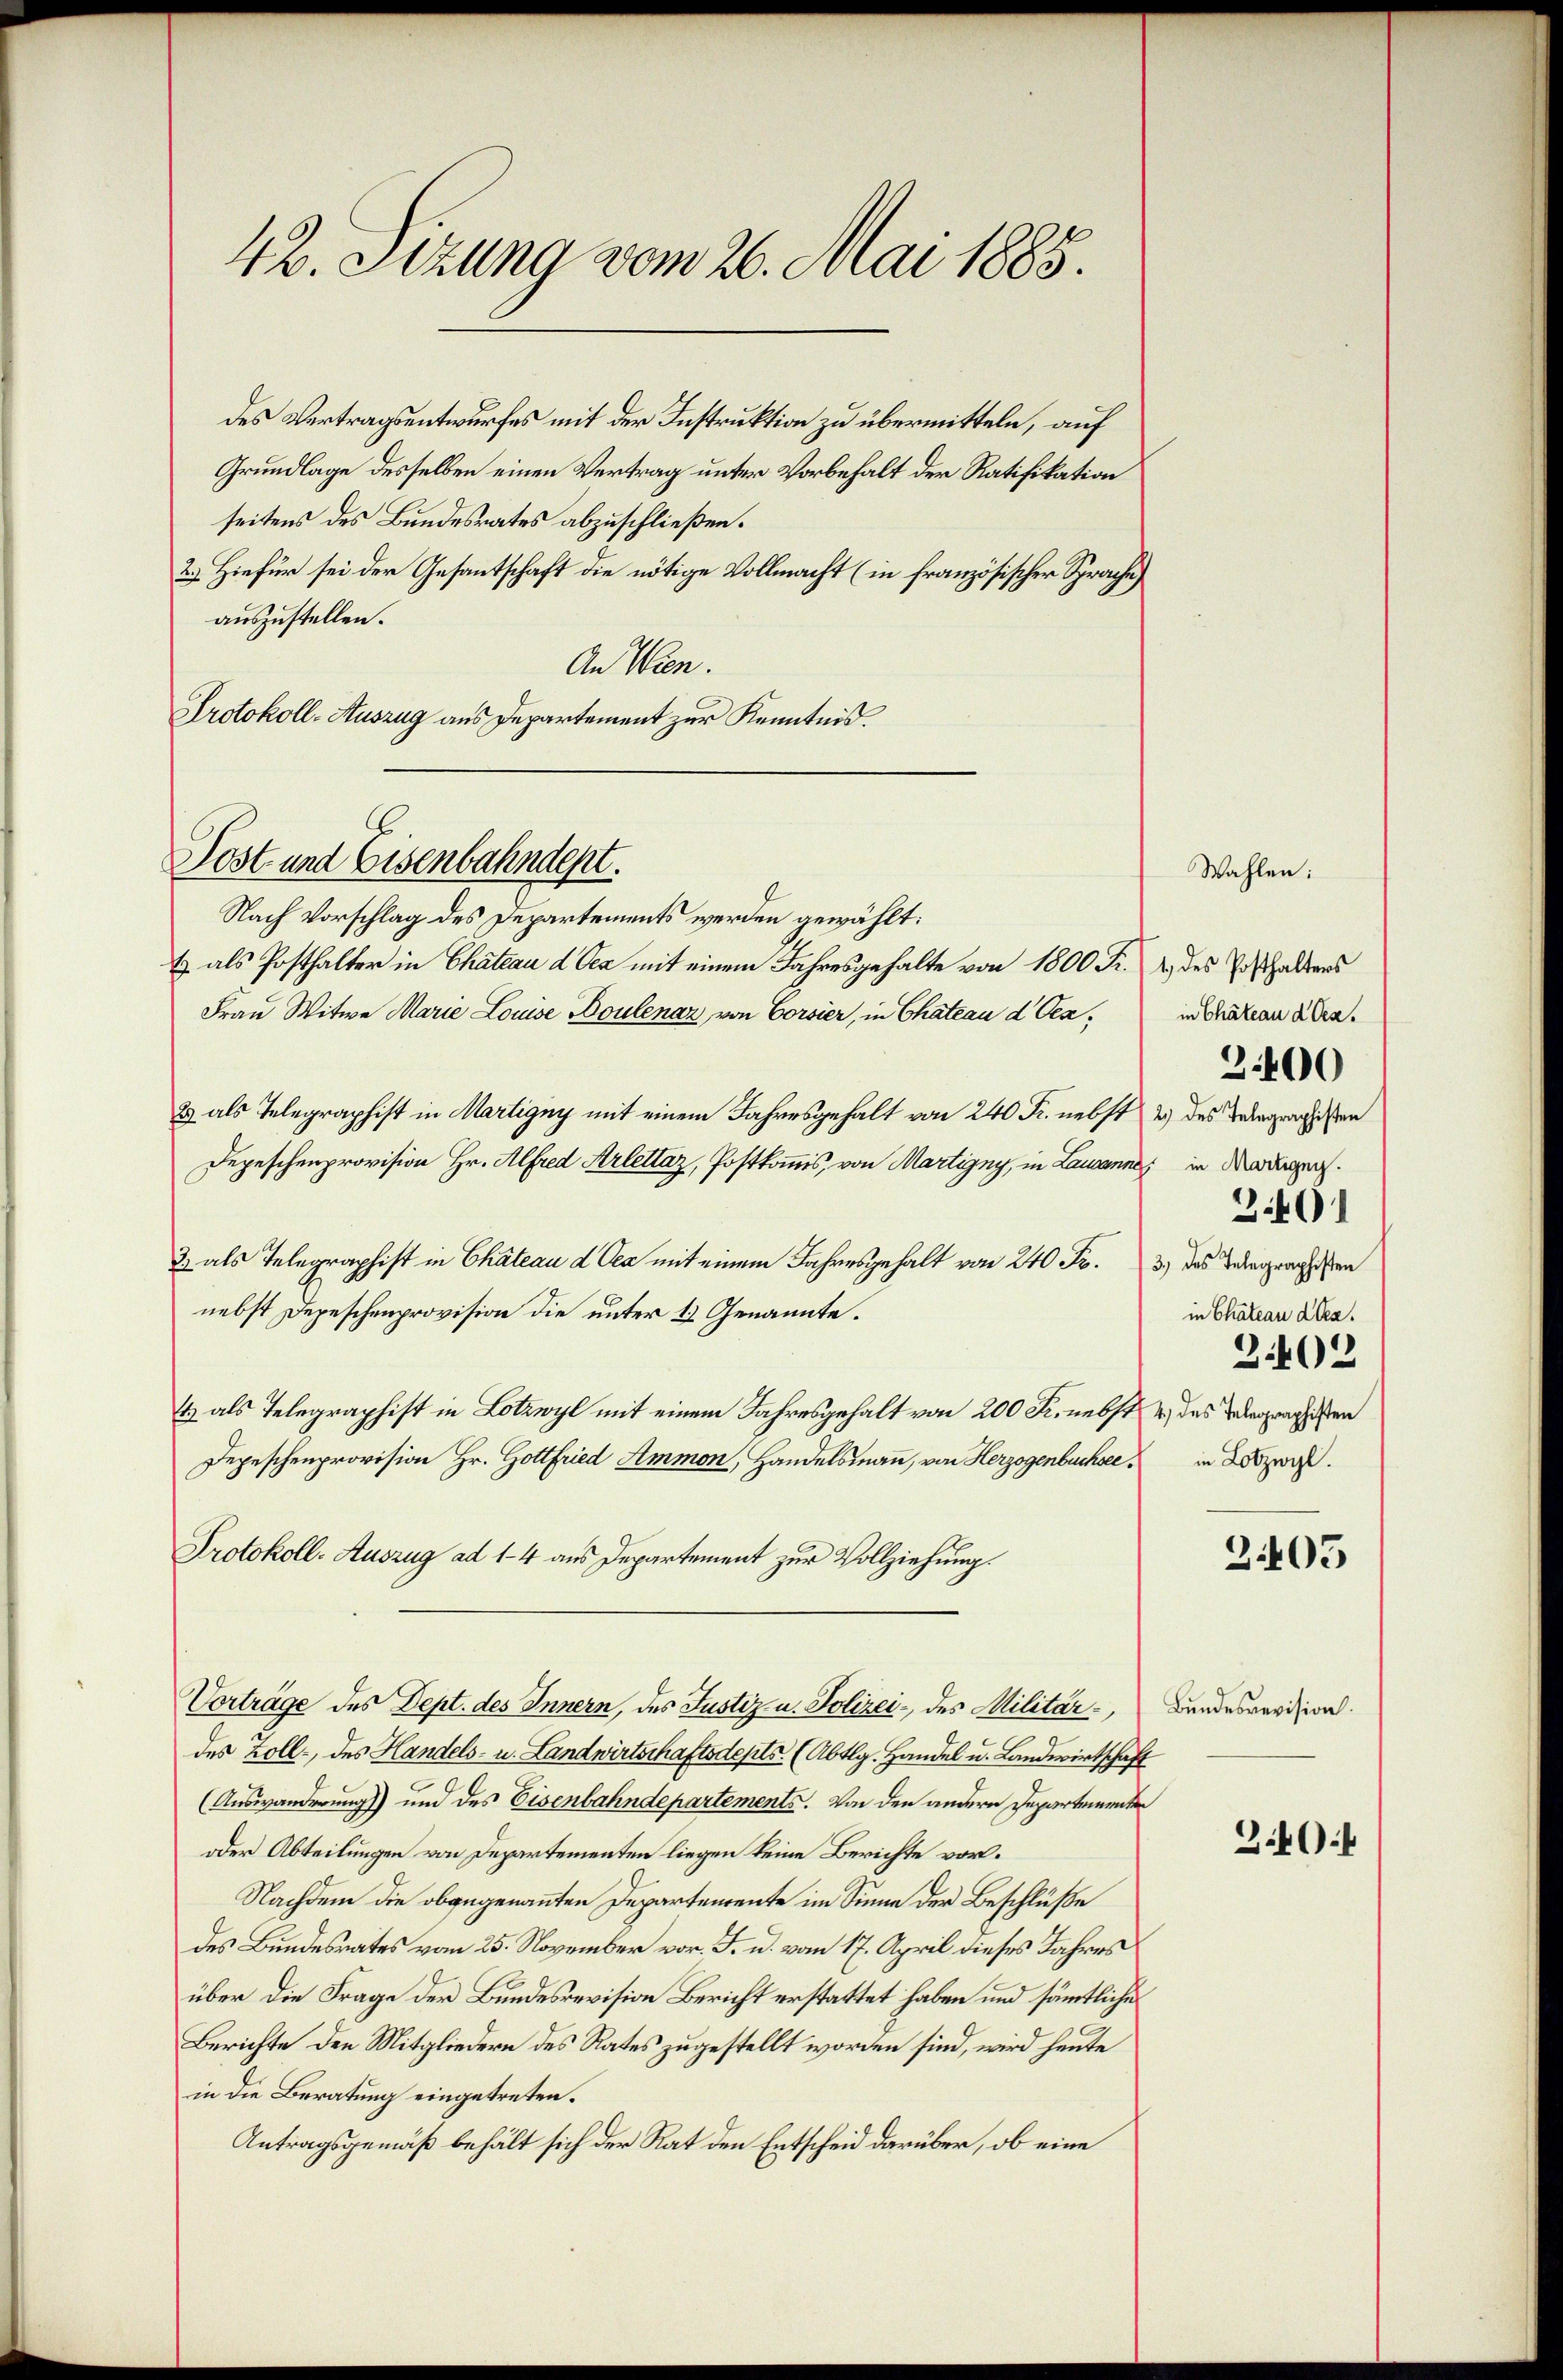
des Vertragsentwurfes mit der Instruktion zu übermitteln, auf
Grundlage desselben einen Vertrag unter Vorbehalt der Ratifikation
seitens des Bundesrates abzuschließen.
2.) Hiefür sei der Gesantschaft die nötige Vollmacht (in französischer Sprache)
auszustellen.
An Wien.
Protokoll-Auszug aus Departement zur Kenntniß.

42. Sizung vom 26. Mai 1885.

Post und Eisenbahndept.

Nach Vorschlag des Departements werden gewählt:
t) als Posthalter in Chateau d Oea mit einem Jahresgehalte von 1800 Fr.
Frau Witwe Marie Louise Boulenaz, von Corsier, in Chateau d Cen¬
2) als Telegraphist in Martigny mit einem Jahresgehalt von 240 Fr. nebst 2) des dergewissen
Depeschenprovision Hr. Alfred Arlettaz, Postkommis, von Martigny, in Lausannes in Morden.
2 als Telegraphist in Chateau d Oea mit einem Jahresgehalt von 240 Fr.
nebst Depeschenprovision die unter 1) Genannte.
4 als Telegraphist in Lotzwyl mit einem Jahresgehalt von 200 K. nebst & das Begragisten
Depeschenprovision Hr. Gottfried Ammon, Handelsmann, von Herzogenbuchsee in des
Protokoll-Auszug ad 14 aus Departement zur Vollziehung.
Vorträge des Dept. des Innern, des Justiz u. Polizei- des Militär,
des Zoll, des Handels- u. Landwirterhaftsdepts. (Abtlg. Handel u. Landwirtschaft
(Auswanderung) und des Eisenbahndepartements. Von den andern Departemente
oder Abteilungen von Departementen liegen keine Berichte vor¬
Nachdem die obgegenannten Departemente im Sinne der Beschlüße
des Bundesrates vom 25. November vor. F. u. vom 17. April dieses Jahres
über die Frage der Bundesrevision Bericht erstattet haben und sämmtliche
Berichte den Mitgliedern des Rates zugestellt worden sind, wird heute
in die Beratung eingetreten.
Antragsgemäß behält sich der Rat den Entscheid darüber, ob eine

1.) des Posthalters
in Chateau d Oea.
3401
3.) des Telegraphisten
in Chateau aben.
3402

Wahlen:

2.400

2405

Bundesrevision.

240: